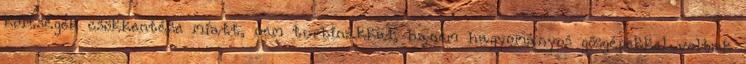
költségek csökkentése miatt, nem turbinákkal, hanem hagyományos gőzgépekkel voltak